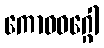
ကောဓဝဂ္ဂေါ